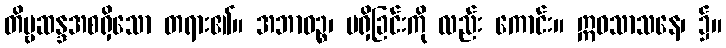
တိဗ္ဗဆန္ဒအစရှိသော တရား၏။ အဘာဝဉ္စ၊ မရှိခြင်းကို လည်း ကောင်း။ ဣဓသာသနေ၊ ၌။